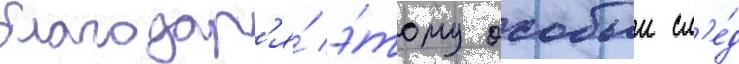
благодар'я́ э́тому особыи сл'е́д